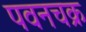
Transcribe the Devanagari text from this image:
पवनचक्र